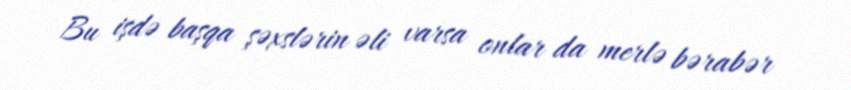
Bu işdə başqa şəxslərin əli varsa onlar da merlə bərabər